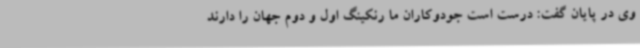
وی در پایان گفت: درست است جودوکاران ما رنکینگ اول و دوم جهان را دارند